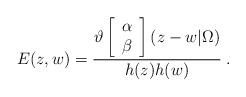
LaTeX: \begin{align*}E(z,w)=\frac{\vartheta\left[\begin{array}{c}\alpha \\\beta\end{array}\right](z-w|\Omega)}{h(z)h(w)}\;.\end{align*}